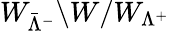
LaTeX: W_{{\bar{\Lambda}}^{-}}\backslash W/W_{\Lambda^{+}}